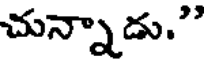
చున్నాడు."